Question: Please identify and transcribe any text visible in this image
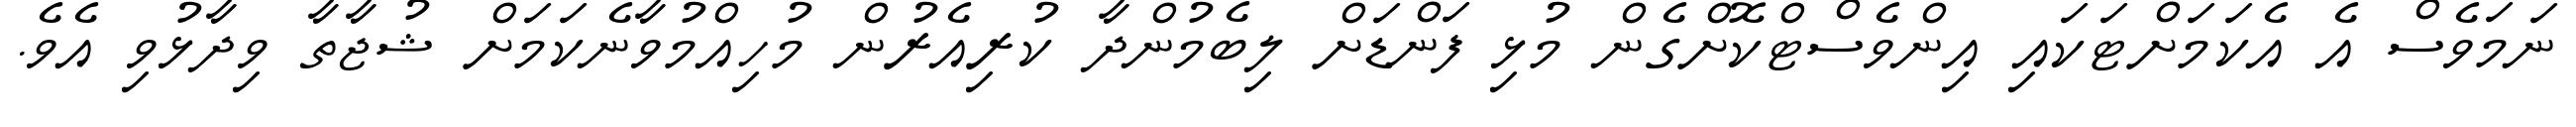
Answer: ނަމަވެސް އެ އެކަމަށްޓަކައި އިންވެސްޓްކޮށްގެން މުޅި ފަންޑަށް ލިބެމުންދާ ކުރިއެރުން މުހިއްމުވާނެކަމަށް ޝުޖާތާ ވިދާޅުވި އެވެ.